Leaving Certificate Examination, 1902
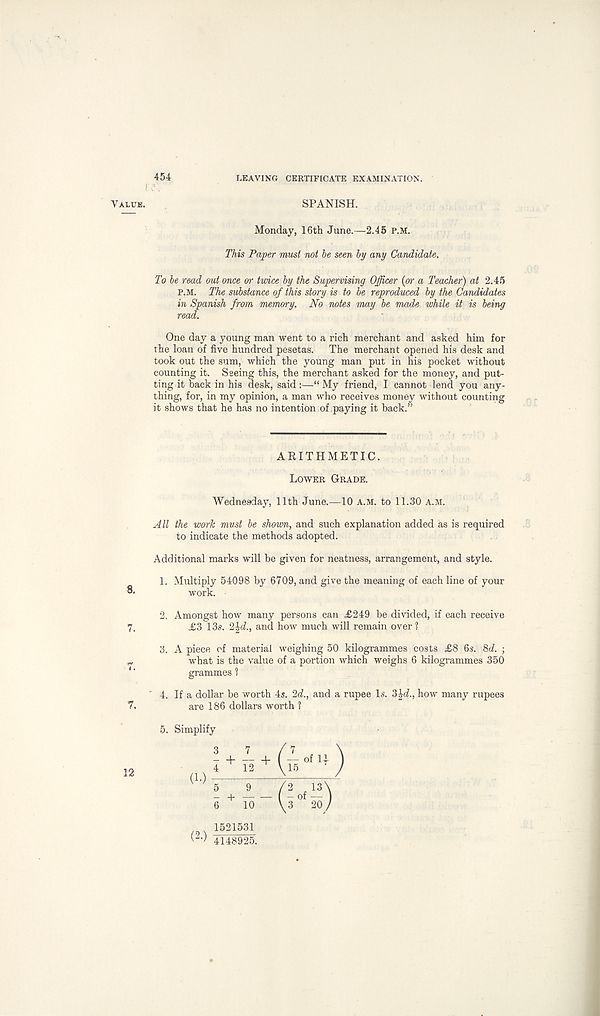
454
LEAVING CERTIFICATE EXAMINATION.
VALUE.
SPANISH.
Monday, 16th June. —2.45 P.M.
This Paper must not be seen by any Candidate.
To be read out once or twice by the Supervising Officer (or a Teacher) at 2.45
P.M. The substance of this story is to be reproduced by the Candidates
in Spanish from memory. No notes may be made while it is being
read.
One day a young man went to a rich merchant and asked him for
the loan of five hundred pesetas. The merchant opened his desk and
took out the sum, which the young man put in his pocket without
counting it. Seeing this, the merchant asked for the money, and put-
ting it back in his desk, said:—“ My friend, I cannot lend you any-
thing, for, in my opinion, a man who receives money without counting
it shows that he has no intention of paying it back.”
ARITHMETIC.
Lower Grade.
Wednesday, 11th June.—10 A.M. to 11.30 a.m.
All the work must be shown, and such explanation added as is required
to indicate the methods adopted.
Additional marks will be given for neatness, arrangement, and style.
1. Multiply 54098 by 6709, and give the meaning of each line of your
work.
2. Amongst how many persons can £249 be divided, if each receive
7,
£3 13s. 2^d., and how much will remain over?
3. A piece of material weighing 50 kilogrammes costs £8 6s. 8d. ;
what is the value of a portion which weighs 6 kilogrammes 350
1 '
grammes ?
4. If a dollar be worth 4s. 2d., and a rupee Is. 3\d., how many rupees
7.
are 186 dollars worth 1
5. Simplify
4148925.